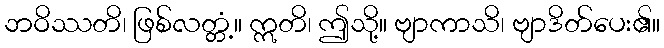
ဘဝိဿတိ၊ ဖြစ်လတ္တံ့။ ဣတိ၊ ဤသို့။ ဗျာကာသိ၊ ဗျာဒိတ်ပေး၏။